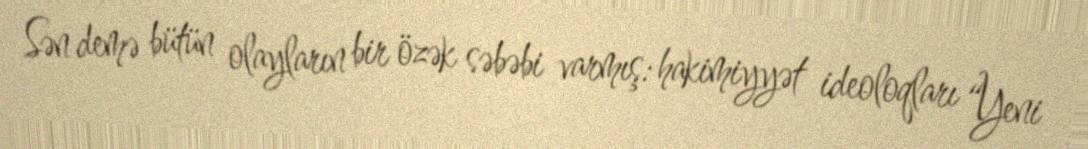
Sən demə bütün olayların bir özək səbəbi varmış: hakimiyyət ideoloqları “Yeni